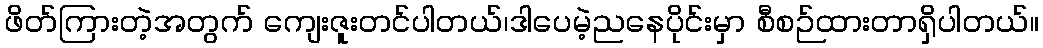
ဖိတ်ကြားတဲ့အတွက် ကျေးဇူးတင်ပါတယ်၊ဒါပေမဲ့ညနေပိုင်းမှာ စီစဉ်ထားတာရှိပါတယ်။